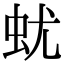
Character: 蚘